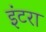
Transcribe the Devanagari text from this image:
इंटरा